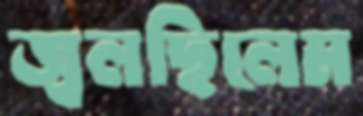
জ্বলছিলেম